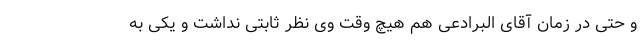
و حتی در زمان آقای البرادعی هم هیچ وقت وی نظر ثابتی نداشت و یکی به